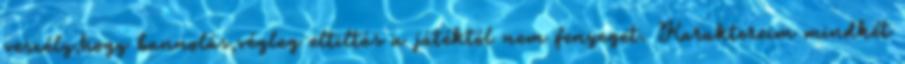
veszély,hogy bannolás,végleg eltiltás a játéktól nem fenyeget. Karaktereim mindkét